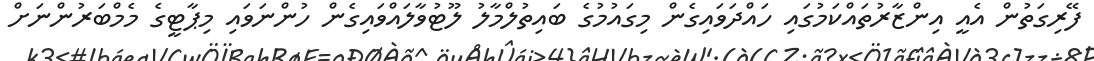
ފޭރިގަތުން އެއީ އިންޒާރުތައްކަމުގައި ހައްދަވައިގެން މިގައުމުގެ ބައިތުލްމާލު ލޫޓުވާލައްވައިގެން ހުންނަވައި މިޕާޓީގެ މެމްބަރުންނަށް